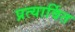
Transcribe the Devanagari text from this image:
प्रत्यार्वित